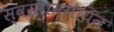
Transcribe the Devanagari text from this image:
स्वरसामगायन